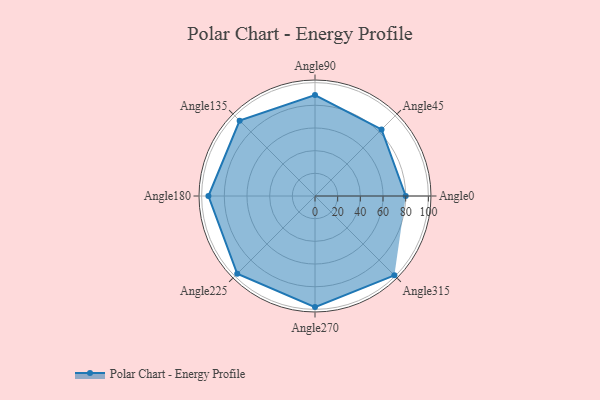
{"axis": {"x": "Angle", "y": "Radius"}, "legend": [""], "data": [{"x": "Angle0", "y": 80.0, "type": ""}, {"x": "Angle45", "y": 83.0, "type": ""}, {"x": "Angle90", "y": 89.0, "type": ""}, {"x": "Angle135", "y": 94.0, "type": ""}, {"x": "Angle180", "y": 94.0, "type": ""}, {"x": "Angle225", "y": 97.0, "type": ""}, {"x": "Angle270", "y": 98.0, "type": ""}, {"x": "Angle315", "y": 99.0, "type": ""}]}